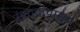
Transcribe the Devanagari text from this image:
संवादांपासून